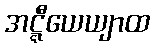
အဋ္ဋီယေယျာထ